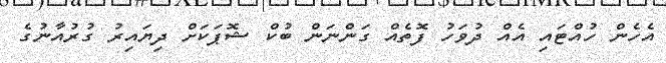
އެހެން ހުއްޓައި އެއް ދުވަހު ފޮތެއް ގަންނަން ބުކް ޝޮޕަކަށް ދިޔައިރު ގުރުއާނުގެ